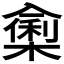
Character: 𭁁